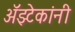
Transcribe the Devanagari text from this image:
अॅझ्टेकांनी